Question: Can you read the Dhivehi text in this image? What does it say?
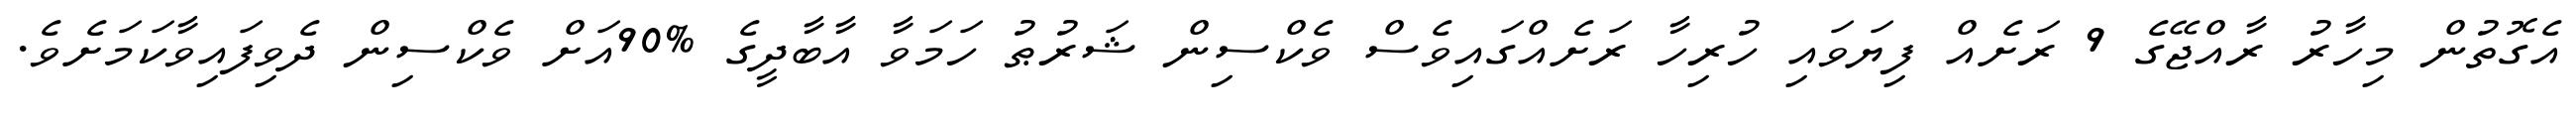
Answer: އެގޮތުން މިހާރު ރާއްޖޭގެ 9 ރަށެއް ފިޔަވައި ހުރިހާ ރަށެއްގައިވެސް ވެކްސިން ޝަރުޠު ހަމަވާ އާބާދީގެ %90އަށް ވެކްސިން ދެވިފައިވާކަމަށެވެ.